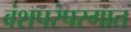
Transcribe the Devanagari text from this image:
वंशपरंपरगात